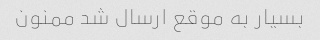
بسیار به موقع ارسال شد ممنون